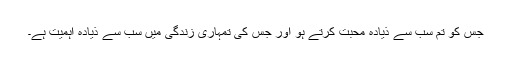
جس کو تم سب سے ذیادہ محبت کرتے ہو اور جس کی تمہاری زندگی میں سب سے ذیادہ اہمیت ہے۔